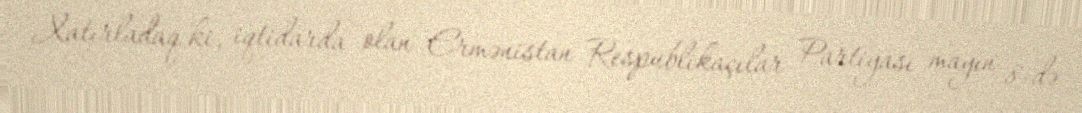
Xatırladaq ki, iqtidarda olan Ermənistan Respublikaçılar Partiyası mayın 8-də